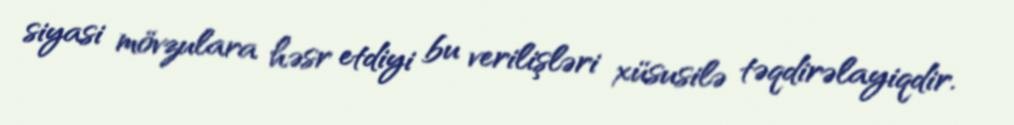
siyasi mövzulara həsr etdiyi bu verilişləri xüsusilə təqdirəlayiqdir.